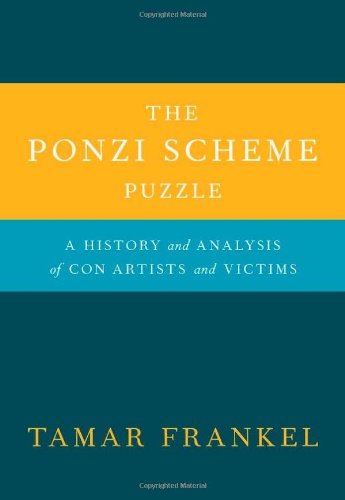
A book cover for The Ponzi Scheme Puzzle: A History and Analysis of Con Artists and Victims; Tamar Frankel; Biographies & Memoirs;